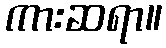
ကားဆရာ။